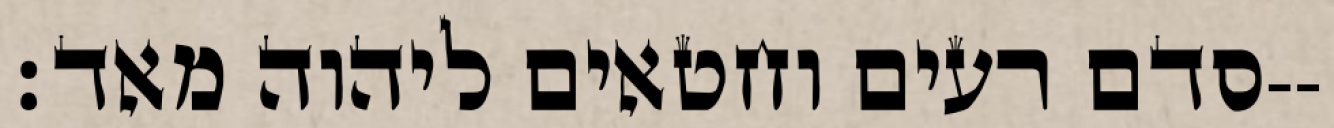
סדם רעים וחטאים ליהוה מאד׃--